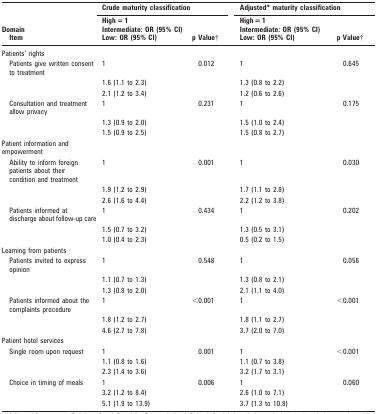
<table><thead><tr><td rowspan="2"><b>Domain Item</b></td><td colspan="2"><b>Crude maturity classification</b></td><td colspan="2"><b>Adjusted* maturity classification</b></td></tr><tr><td><b>High = 1 Intermediate: OR (95% CI)Low: OR (95% CI)</b></td><td><b>p Value†</b></td><td><b>High = 1 Intermediate: OR (95% CI)Low: OR (95% CI)</b></td><td><b>p Value†</b></td></tr></thead><tbody><tr><td>Patients’ rights</td><td></td><td></td><td></td><td></td></tr><tr><td>Patients give written consent to treatment</td><td>1</td><td>0.012</td><td>1</td><td>0.645</td></tr><tr><td></td><td>1.6 (1.1 to 2.3)</td><td></td><td>1.3 (0.8 to 2.2)</td><td></td></tr><tr><td></td><td>2.1 (1.2 to 3.4)</td><td></td><td>1.2 (0.6 to 2.6)</td><td></td></tr><tr><td>Consultation and treatment allow privacy</td><td>1</td><td>0.231</td><td>1</td><td>0.175</td></tr><tr><td></td><td>1.3 (0.9 to 2.0)</td><td></td><td>1.5 (1.0 to 2.4)</td><td></td></tr><tr><td></td><td>1.5 (0.9 to 2.5)</td><td></td><td>1.5 (0.8 to 2.7)</td><td></td></tr><tr><td>Patient information and empowerment</td><td></td><td></td><td></td><td></td></tr><tr><td>Ability to inform foreign patients about their condition and treatment</td><td>1</td><td>0.001</td><td>1</td><td>0.030</td></tr><tr><td></td><td>1.9 (1.2 to 2.9)</td><td></td><td>1.7 (1.1 to 2.8)</td><td></td></tr><tr><td></td><td>2.6 (1.6 to 4.4)</td><td></td><td>2.2 (1.2 to 3.8)</td><td></td></tr><tr><td>Patients informed at discharge about follow-up care</td><td>1</td><td>0.434</td><td>1</td><td>0.202</td></tr><tr><td></td><td>1.5 (0.7 to 3.2)</td><td></td><td>1.3 (0.5 to 3.1)</td><td></td></tr><tr><td></td><td>1.0 (0.4 to 2.3)</td><td></td><td>0.5 (0.2 to 1.5)</td><td></td></tr><tr><td>Learning from patients</td><td></td><td></td><td></td><td></td></tr><tr><td>Patients invited to express opinion</td><td>1</td><td>0.548</td><td>1</td><td>0.056</td></tr><tr><td></td><td>1.1 (0.7 to 1.3)</td><td></td><td>1.3 (0.8 to 2.1)</td><td></td></tr><tr><td></td><td>1.3 (0.8 to 2.0)</td><td></td><td>2.1 (1.1 to 4.0)</td><td></td></tr><tr><td>Patients informed about the complaints procedure</td><td>1</td><td>&lt;0.001</td><td>1</td><td>&lt;0.001</td></tr><tr><td></td><td>1.8 (1.2 to 2.7)</td><td></td><td>1.8 (1.1 to 2.7)</td><td></td></tr><tr><td></td><td>4.6 (2.7 to 7.8)</td><td></td><td>3.7 (2.0 to 7.0)</td><td></td></tr><tr><td>Patient hotel services</td><td></td><td></td><td></td><td></td></tr><tr><td>Single room upon request</td><td>1</td><td>0.001</td><td>1</td><td>&lt;0.001</td></tr><tr><td></td><td>1.1 (0.8 to 1.6)</td><td></td><td>1.1 (0.7 to 3.8)</td><td></td></tr><tr><td></td><td>2.3 (1.4 to 3.6)</td><td></td><td>3.2 (1.7 to 3.1)</td><td></td></tr><tr><td>Choice in timing of meals</td><td>1</td><td>0.006</td><td>1</td><td>0.060</td></tr><tr><td></td><td>3.2 (1.2 to 8.4)</td><td></td><td>2.6 (1.0 to 7.1)</td><td></td></tr><tr><td></td><td>5.1 (1.9 to 13.9)</td><td></td><td>3.7 (1.3 to 10.8)</td><td></td></tr></tbody></table>